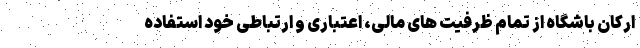
ارکان باشگاه از تمام ظرفیت های مالی، اعتباری و ارتباطی خود استفاده